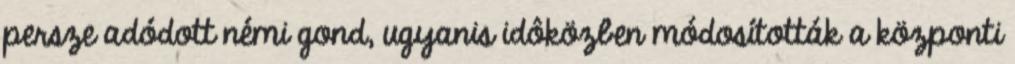
persze adódott némi gond, ugyanis idôközben módosították a központi